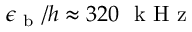
\epsilon _ { \mathrm { ~ b ~ } } / h \approx 3 2 0 ~ \mathrm { ~ k ~ H ~ z ~ }